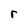
Character: r